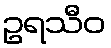
ဥရသီဝ